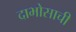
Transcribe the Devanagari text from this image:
दाभोसाची